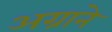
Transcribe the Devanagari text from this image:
अग्राने